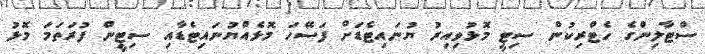
ސްޓާލިންގެ ހެޓްރިކުން ސިޓީ މޮޅުވިއިރު ޔުނައިޓެޑަށް ފަސޭހަ މޮޅެއްޔުނައިޓެޑާއި ސިޓީން ފުރަތަމަ މޮޅު